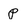
Character: p